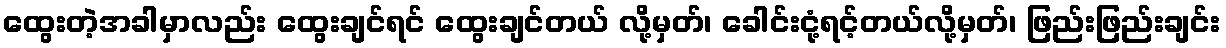
ထွေးတဲ့အခါမှာလည်း ထွေးချင်ရင် ထွေးချင်တယ် လို့မှတ်၊ ခေါင်းငုံ့ရင့်တယ်လို့မှတ်၊ ဖြည်းဖြည်းချင်း